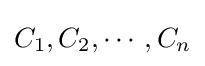
C_{1},C_{2},\cdots ,C_{n}